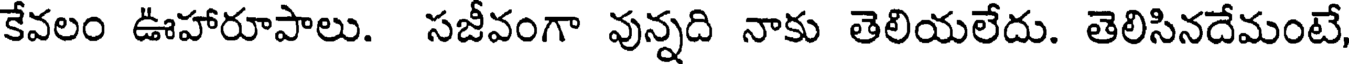
కేవలం ఊహారూపాలు. సజీవంగా వున్నది నాకు తెలియలేదు. తెలిసినదేమంటే